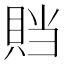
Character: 𰷁